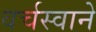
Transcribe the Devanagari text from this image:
वर्चस्वाने